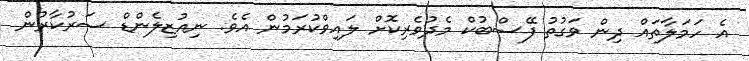
އެ ހަމަލާތައް ދިން ވަގުތު ފޭސްބުކް މެދުވެރިކޮށް ލައިވްކުރަމުން އެވެ. ނިއުޒިލެންޑް ސަރުކާރުން